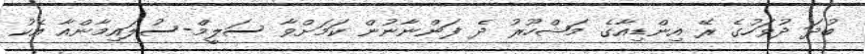
ބުދަ ދުވަހުގެ ރޭ އިންޑިއާގެ މަޝްހޫރު ދެ ފަންނާނުން ކަމަށްވާ ސަލީމް-ސުލައިމާންއާ އެކު